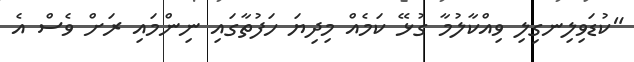
"ކުޑަވިލިނގިލި ވިއްކާލުމާ ގުޅޭ ކަމެއް މިދިޔަ ހަފުތާގައި ނިންމައި ރަށް ވެސް އެ